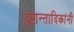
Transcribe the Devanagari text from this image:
दृष्टान्तादिकांनी